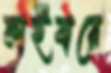
ফাইবারে